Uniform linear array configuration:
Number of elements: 8
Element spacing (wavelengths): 0.5
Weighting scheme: binomial
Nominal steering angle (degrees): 0
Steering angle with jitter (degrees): -1.441
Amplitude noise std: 0.05
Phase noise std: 0.05

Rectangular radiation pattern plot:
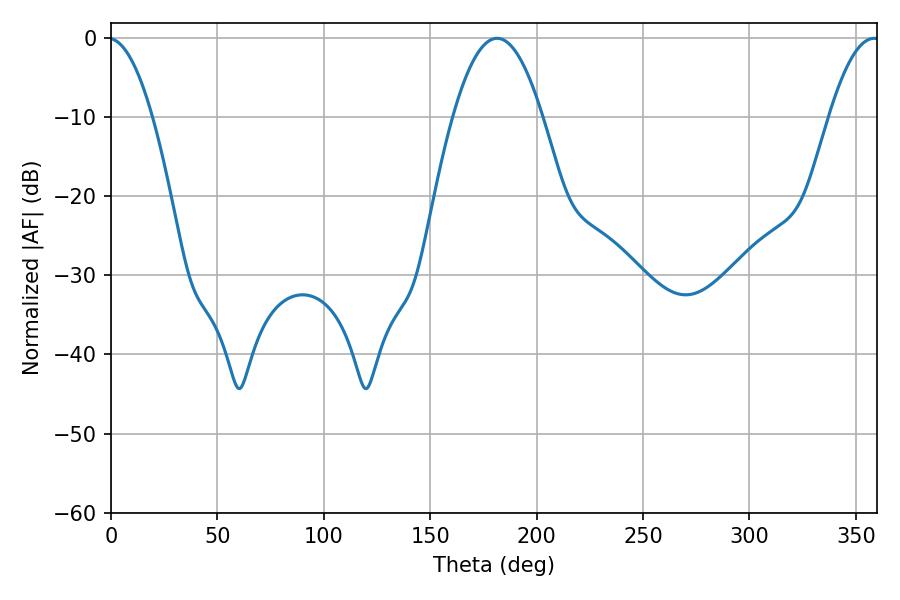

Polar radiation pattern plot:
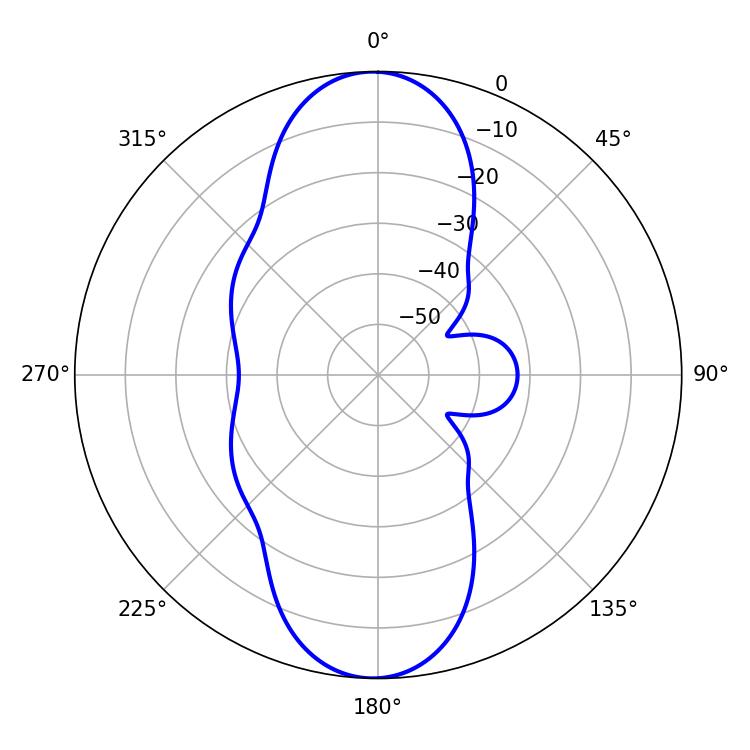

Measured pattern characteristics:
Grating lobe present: FALSE
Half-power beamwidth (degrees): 12.96
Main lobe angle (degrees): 358.56